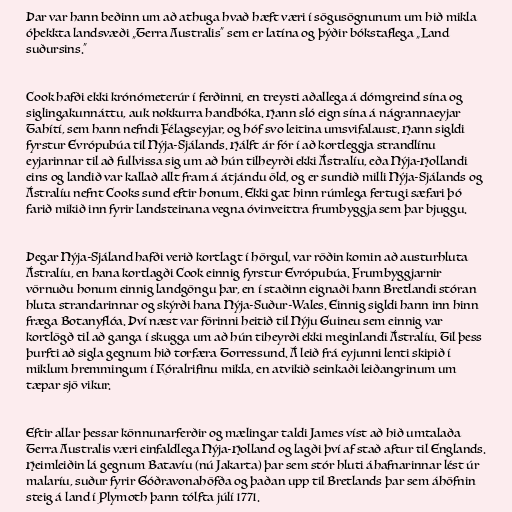
Þar var hann beðinn um að athuga hvað hæft væri í sögusögnunum um hið mikla
óþekkta landsvæði „Terra Australis“ sem er latína og þýðir bókstaflega „Land
suðursins.“

Cook hafði ekki krónómeterúr í ferðinni, en treysti aðallega á dómgreind sína og
siglingakunnáttu, auk nokkurra handbóka. Hann sló eign sína á nágrannaeyjar
Tahítí, sem hann nefndi Félagseyjar, og hóf svo leitina umsvifalaust. Hann sigldi
fyrstur Evrópubúa til Nýja-Sjálands. Hálft ár fór í að kortleggja strandlínu
eyjarinnar til að fullvissa sig um að hún tilheyrði ekki Ástralíu, eða Nýja-Hollandi
eins og landið var kallað allt fram á átjándu öld, og er sundið milli Nýja-Sjálands og
Ástralíu nefnt Cooks sund eftir honum. Ekki gat hinn rúmlega fertugi sæfari þó
farið mikið inn fyrir landsteinana vegna óvinveittra frumbyggja sem þar bjuggu.

Þegar Nýja-Sjáland hafði verið kortlagt í hörgul, var röðin komin að austurhluta
Ástralíu, en hana kortlagði Cook einnig fyrstur Evrópubúa. Frumbyggjarnir
vörnuðu honum einnig landgöngu þar, en í staðinn eignaði hann Bretlandi stóran
hluta strandarinnar og skýrði hana Nýja-Suður-Wales. Einnig sigldi hann inn hinn
fræga Botanyflóa. Því næst var förinni heitið til Nýju Guineu sem einnig var
kortlögð til að ganga í skugga um að hún tiheyrði ekki meginlandi Ástralíu. Til þess
þurfti að sigla gegnum hið torfæra Torressund. Á leið frá eyjunni lenti skipið í
miklum hremmingum í Kóralrifinu mikla, en atvikið seinkaði leiðangrinum um
tæpar sjö vikur.

Eftir allar þessar könnunarferðir og mælingar taldi James víst að hið umtalaða
Terra Australis væri einfaldlega Nýja-Holland og lagði því af stað aftur til Englands.
Heimleiðin lá gegnum Batavíu (nú Jakarta) þar sem stór hluti áhafnarinnar lést úr
malaríu, suður fyrir Góðravonahöfða og þaðan upp til Bretlands þar sem áhöfnin
steig á land í Plymoth þann tólfta júlí 1771.